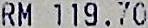
RM 119.70